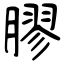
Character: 膠